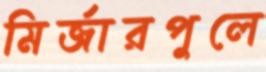
মির্জারপুলে